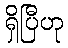
ရှိပြီဟု